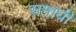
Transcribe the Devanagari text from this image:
समाधीं